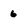
Character: 6